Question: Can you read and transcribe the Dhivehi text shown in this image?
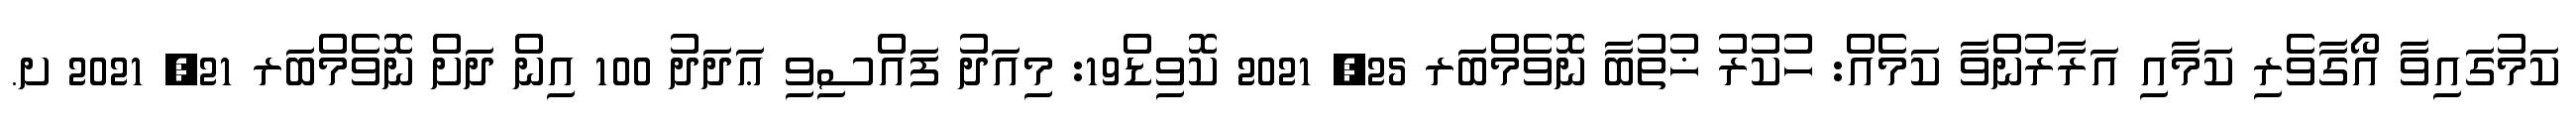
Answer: ކަމުގައިވާ އޯގާވެރި ކަމާއި އަރާރުންވާ ކަމެއް: ހުކުރު ޚުތުބާ ނޮވެމްބަރ 25, 2021 ކޮވިޑް19: މިއަދު ފައްސިވި ޢަދަދު 100 އިން ދަށް ނޮވެމްބަރ 21, 2021 ށ.